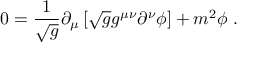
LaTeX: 0 = { \frac { 1 } { \sqrt { g } } } \partial _ { \mu } \left[ \sqrt { g } g ^ { \mu \nu } \partial ^ { \nu } \phi \right] + m ^ { 2 } \phi \ .